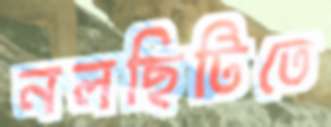
নলছিটিতে